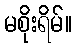
မစိုးရိမ်။